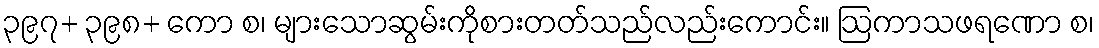
၃၉၇+ ၃၉၈+ ကော စ၊ များသောဆွမ်းကိုစားတတ်သည်လည်းကောင်း။ ဩကာသဖရဏော စ၊